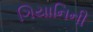
ગિયાનિની